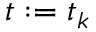
t : = t _ { k }